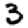
Digit: 3